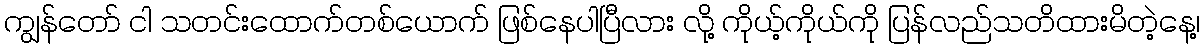
ကျွန်တော် ငါ သတင်းထောက်တစ်ယောက် ဖြစ်နေပါပြီလား လို့ ကိုယ့်ကိုယ်ကို ပြန်လည်သတိထားမိတဲ့နေ့၊